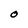
Character: O